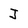
Character: J